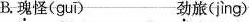
B.\underset{·}{瑰}怪( guī ) \underset{·}{劲}旅( jìng )